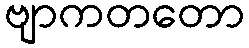
ဗျာကတတော